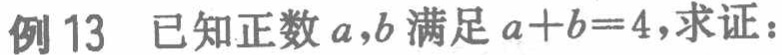
例13 已知正数\(a,b\)满足\(a + b = 4\)，求证：